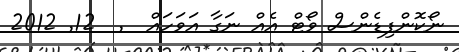
ނޯކޮންފިޑެންސް ވޯޓް އެއް ނަގާ އަވަހައް